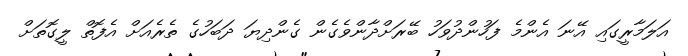
އަލަމާރީގައި އޭނަ އެންމެ ފަހުންދުވަހު ބޭރަށްދާންވެގެން ގެންދިޔަ ދަބަހުގެ ތެރެއަށް އެފޮތް ލީގޮތަށް